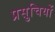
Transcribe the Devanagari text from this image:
प्रसुचियों